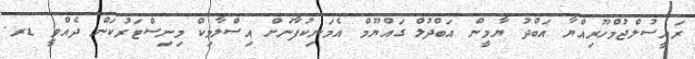
ރައީސުލްޖުމްހޫރިއްޔާ އަބްދު ޔާމީން އަބްދުލް ގައްޔޫމް އެމަނިކުފާނަށް އިސްލާމިކް މިނިސްޓަރުކަން ދެއްވީ ޑރ.